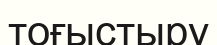
тоғыстыру